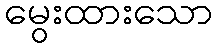
မွေးထားသော